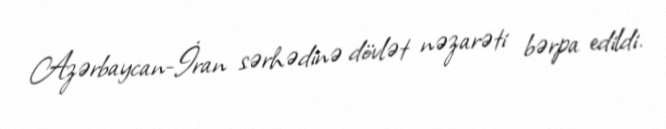
Azərbaycan-İran sərhədinə dövlət nəzarəti bərpa edildi.